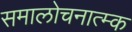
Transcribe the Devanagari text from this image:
समालोचनात्म्क